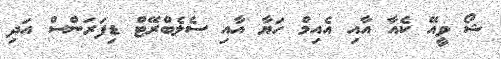
ޝޯ ވީއޭ ކެއާ އާއި އެއިމް ހަޔާ އާއި ސެލެބްރޭޓް ޑިފަރަންސް އަދި